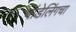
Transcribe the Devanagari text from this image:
मॉडेलिंगचा